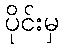
ပိုင်းမှ